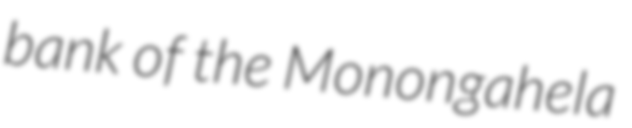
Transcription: bank of the Monongahela